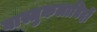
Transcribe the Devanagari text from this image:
वास्तुकलाविदों